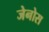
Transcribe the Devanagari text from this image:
जेनोस